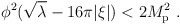
\begin{align*}\phi^2 (\sqrt\lambda - 16\pi|\xi|) < 2M_{\rm p}^2\ .\end{align*}